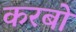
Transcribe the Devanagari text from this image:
करबो